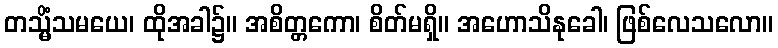
တသ္မိံသမယေ၊ ထိုအခါ၌။ အစိတ္တကော၊ စိတ်မရှိ။ အဟောသိနုခေါ၊ ဖြစ်လေသလော။